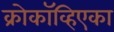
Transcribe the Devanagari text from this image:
क्रोकॉव्हिएका